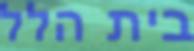
בית הלל